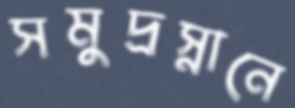
সমুদ্রস্নানে